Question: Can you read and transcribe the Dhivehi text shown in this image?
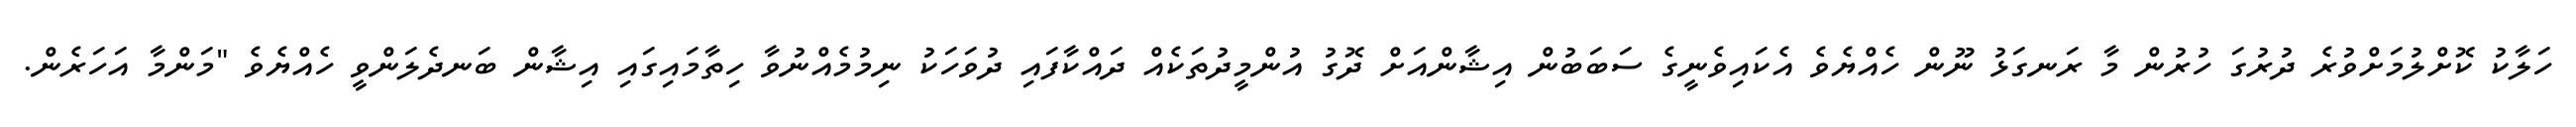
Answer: ހަލާކު ކޮށްލުމަށްވުރެ ދުރުގަ ހުރުން މާ ރަނގަޅު ނޫން ހެއްޔެވެ އެކައިވެނީގެ ސަބަބުން އިޝާންއަށް ދޮގު އުންމީދުތަކެއް ދައްކާފައި ދުވަހަކު ނިމުމެއްނުވާ ހިތާމައިގައި އިޝާން ބަނދެލަންވީ ހެއްޔެވެ "މަންމާ އަހަރެން.